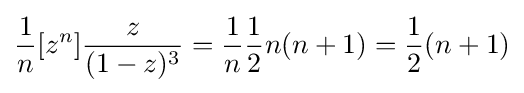
{\frac {1}{n}}[z^{n}]{\frac {z}{(1-z)^{3}}}={\frac {1}{n}}{\frac {1}{2}}n(n+1)={\frac {1}{2}}(n+1)